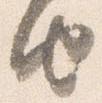
由